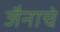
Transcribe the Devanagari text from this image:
जैनाचे